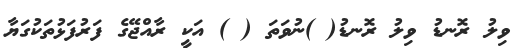
ވިލު ރޮނޑު ވިލު ރޮނޑު( )ނުވަތަ ( ) އަކީ ރާއްޖޭގެ ފަރުފަޅުތަކުގަޔާ